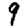
Digit: 9